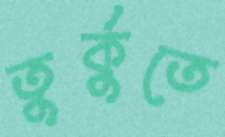
তুর্কুতে